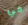
في